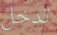
تدخل